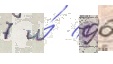
7 и́ 9 6